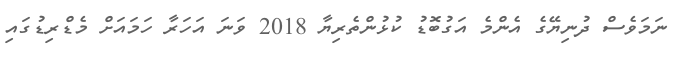
ނަމަވެސް ދުނިޔޭގެ އެންމެ އަގުބޮޑު ކުޅުންތެރިޔާ 2018 ވަނަ އަހަރާ ހަމައަށް މެޑްރިޑުގައި